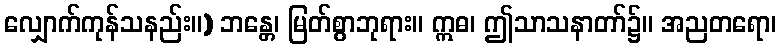
လျှောက်ကုန်သနည်း။) ဘန္တေ၊ မြတ်စွာဘုရား။ ဣဓ၊ ဤသာသနာတာ်၌။ အညတရော၊